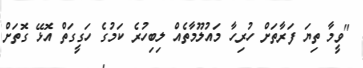
"ވީމާ ތިޔަ ފަރާތަށް ހުރިހާ މައުލޫމާތެއް ލިބިހުރެ ކަމުގެ ހަގީގަތް އޮޅޭ ގޮތަށް